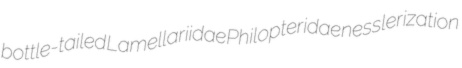
bottle-tailed Lamellariidae Philopteridae nesslerization